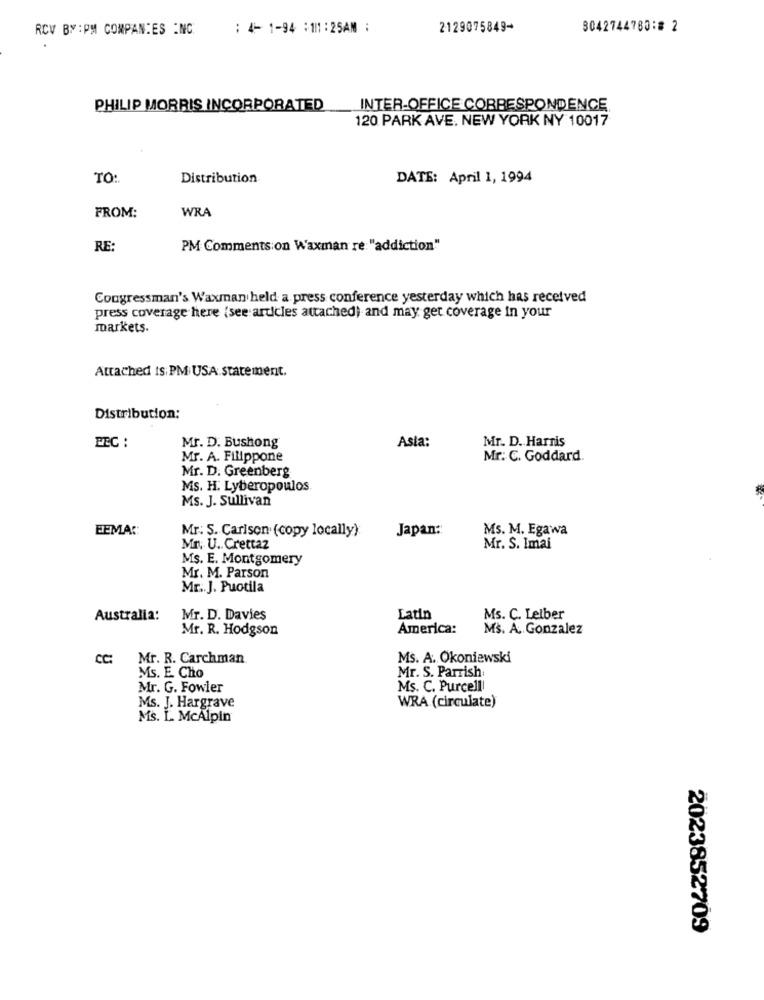
RCV BY:PM COMPANIES INC
: 4- 1-94 :111 :25AM :
2129075849-
3042744780:# 2
PHILIP MORRIS INCORPORATED
INTER-OFFICE CORRESPONDENCE.
120 PARK AVE. NEW YORK NY 10017
TO:
Distribution
DATE: April 1, 1994
FROM:
WRA
RE:
PM Comments on Waxman re: "addiction"
Congressman's Waxman held a press conference yesterday which has received
press coverage here (see articles attached) and may get coverage in your
markets.
Attached Is:PM USA statement.
Distribution:
Mr. D. Bushong
Asia:
Mr. D. Harris
FEC :
Mr. A. Filippone
Mr. C. Goddard.
Mr. D. Greenberg
MS. H. Lyberopoulos
Ms. J. Sullivan
EEMAC:
Japan:
Ms. M. Egawa
Mr. S. Carison (copy locally)
Mr. U .. Crettaz
Mr. S. Imai
Ms. E. Montgomery
Mr. M. Parson
Mr .. J. Puotila
Australia:
Mr. D. Davies
Latin
Ms. C. Leiber
Mr. R. Hodgson
America:
Ms. A. Gonzalez
CC: Mr. R. Carchman
Ms. A. Okoniewski
Ms. E. Cho
Mr. S. Parrish
Mr. G. Fowler
Ms. C. Purcell!
Ms. J. Hargrave
WRA (circulate)
Ms. L. McAlpin
2023852709